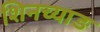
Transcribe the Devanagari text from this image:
शिनच्याङ